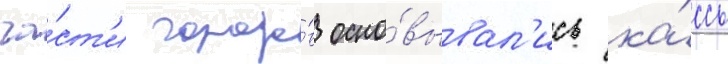
ча́ст'и городо́в осно́вывал'ись ка́ссы